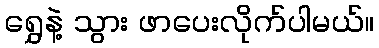
ရွှေနဲ့ သွား ဖာပေးလိုက်ပါမယ်။